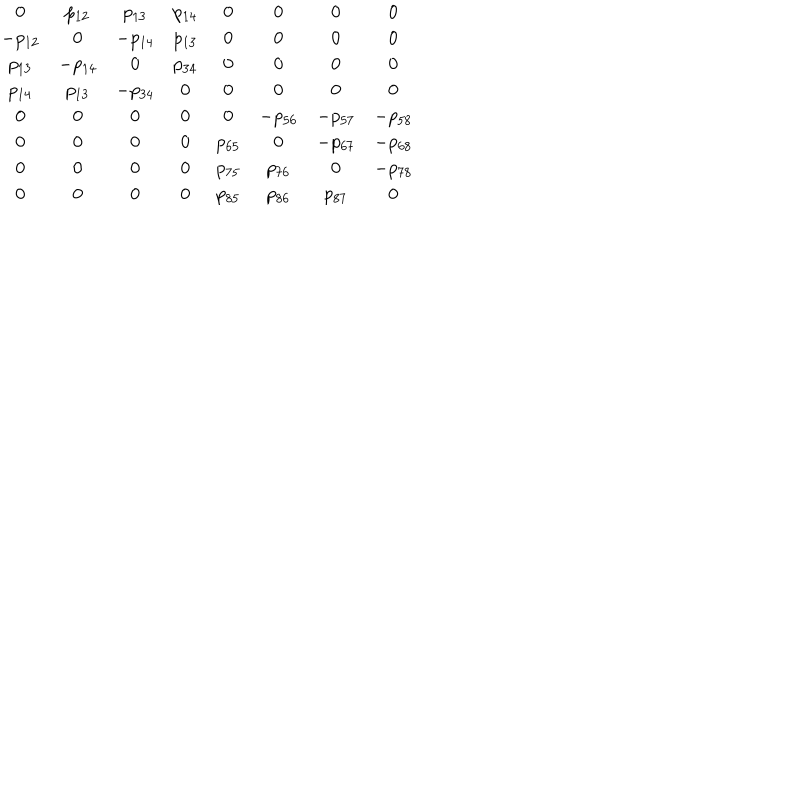
\begin{array} { c c c c c c c c } { { 0 } } & { { p _ { 1 2 } } } & { { p _ { 1 3 } } } & { { p _ { 1 4 } } } & { { 0 } } & { { 0 } } & { { 0 } } & { { 0 } } \\ { { - p _ { 1 2 } } } & { { 0 } } & { { - p _ { 1 4 } } } & { { p _ { 1 3 } } } & { { 0 } } & { { 0 } } & { { 0 } } & { { 0 } } \\ { { p _ { 1 3 } } } & { { - p _ { 1 4 } } } & { { 0 } } & { { p _ { 3 4 } } } & { { 0 } } & { { 0 } } & { { 0 } } & { { 0 } } \\ { { p _ { 1 4 } } } & { { p _ { 1 3 } } } & { { - p _ { 3 4 } } } & { { 0 } } & { { 0 } } & { { 0 } } & { { 0 } } & { { 0 } } \\ { { 0 } } & { { 0 } } & { { 0 } } & { { 0 } } & { { 0 } } & { { - p _ { 5 6 } } } & { { - p _ { 5 7 } } } & { { - p _ { 5 8 } } } \\ { { 0 } } & { { 0 } } & { { 0 } } & { { 0 } } & { { p _ { 6 5 } } } & { { 0 } } & { { - p _ { 6 7 } } } & { { - p _ { 6 8 } } } \\ { { 0 } } & { { 0 } } & { { 0 } } & { { 0 } } & { { p _ { 7 5 } } } & { { p _ { 7 6 } } } & { { 0 } } & { { - p _ { 7 8 } } } \\ { { 0 } } & { { 0 } } & { { 0 } } & { { 0 } } & { { p _ { 8 5 } } } & { { p _ { 8 6 } } } & { { p _ { 8 7 } } } & { { 0 } } \\ \end{array}